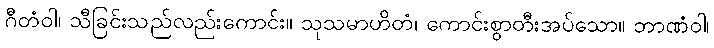
ဂီတံဝါ၊ သီခြင်းသည်လည်းကောင်း။ သုသမာဟိတံ၊ ကောင်းစွာတီးအပ်သော။ ဘာဏံဝါ၊